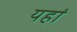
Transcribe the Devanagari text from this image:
यहांं